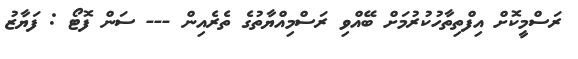
ރަސްމީކޮށް އިފްތިތާހުކުރުމަށް ބޭއްވި ރަސްމިއްޔާތުގެ ތެރެއިން --- ސަން ފޮޓޯ : ފަޔާޒު